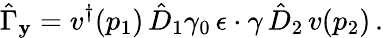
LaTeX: \hat{\Gamma}_{\mathbf y}=v^{\dagger}(p_{1})\, \hat{D}_{1}\gamma_{0}\, \epsilon\cdot\gamma\, \hat{D}_{2}\, v(p_{2})\, .